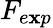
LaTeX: F_{e\mathbf{x}p}